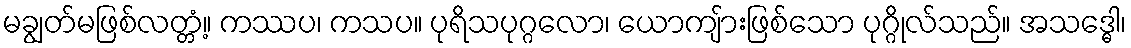
မချွတ်မဖြစ်လတ္တံ့။ ကဿပ၊ ကသပ။ ပုရိသပုဂ္ဂလော၊ ယောကျ်ားဖြစ်သော ပုဂ္ဂိုလ်သည်။ အသဒ္ဓေါ၊